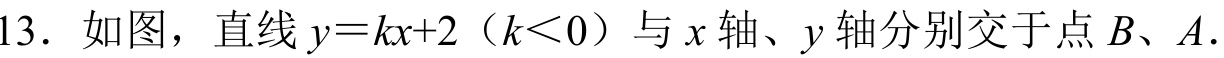
13. 如图，直线\(y = kx + 2\)（\(k<0\)）与\(x\)轴、\(y\)轴分别交于点\(B\)、\(A\).